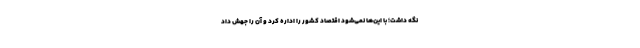
نگه داشت؛ با این‌ها نمی‌شود اقتصاد کشور را اداره کرد و آن را جهش داد